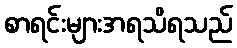
စာရင်းများအရသိရသည်